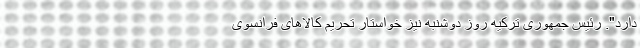
دارد". رئیس جمهوری ترکیه روز دوشنبه نیز خواستار تحریم کالاهای فرانسوی